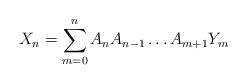
LaTeX: \begin{align*} X_{n}=\sum_{m=0}^nA_{n}A_{n-1}\ldots A_{m+1}Y_{m}\end{align*}